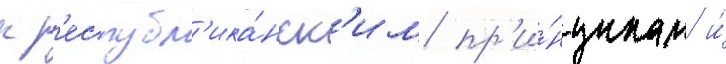
к р'еспубл'ика́нск'им пр'и́нципам и́